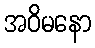
အဝိမနော